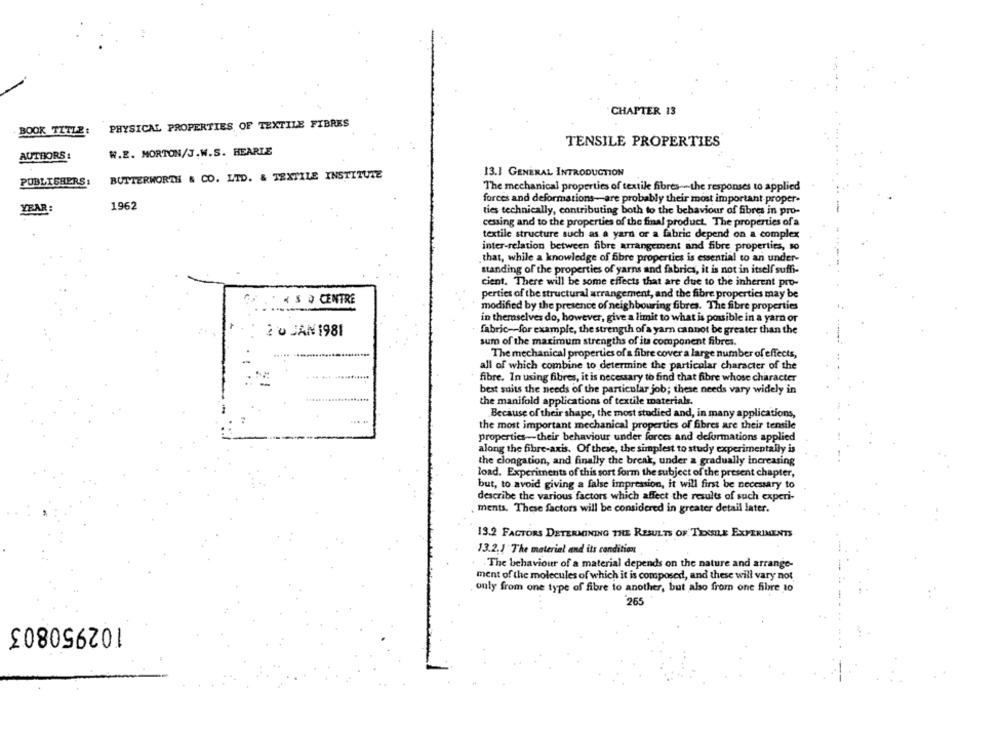
CHAPTER 13
PHYSICAL PROPERTIES OF TEXTILE FIBRES
BOOK TITLE:
TENSILE PROPERTIES
W.E. MORTON/J.W.S. HEARIE
AUTHORS :
BUTTERWORTH & CO. LTD. & TEXTILE INSTITUTE
13.1 GENERAL INTRODUCTION
PUBLISHERS:
The mechanical properties of textile fibres --- the responses to applied
forces and deformations-are probably their most important proper-
YEAR:
1962
ties technically, contributing both to the behaviour of fibres in pro-
cessing and to the properties of the final product. The properties of a
textile structure such as a yard or a fabric depend on a complex
inter-relation between fibre arrangement and fibre properties, so
that, while a knowledge of fibre properties is essential to an under-
standing of the properties of yarns and fabrics, it is not in itself suffi-
cient. There will be some effects that are due to the inherent pro-
K & O CENTRE
perties of the structural arrangement, and the fibre properties may be
modified by the presence of neighbouring fibres. The fibre properties
in themselves do, however, give a limit to what is possible in a yarn or
2 0 JAN 1981
fabric -- for example, the strength of a yarn cannot be greater than the
sum of the maximum strengths of its component fibres.
The mechanical properties of a fibre cover a large number of effects,
all of which combine to determine the particular character of the
fibre. In using fibres, it is necessary to find that fibre whose character
best suits the needs of the particular job; these needs vary widely in
the manifold applications of textile materials.
Because of their shape, the most studied and, in many applications,
the most important mechanical properties of fibres are their tensile
properties-their behaviour under forces and deformations applied
along the fibre-axis. Of theie, the simplest to study experimentally is
the clongation, and finally the break, under a gradually increasing
load. Experiments of this sort form the subject of the present chapter,
but, to avoid giving a false impression, it will first be necessary to
describe the various factors which affect the results of such experi-
ments. These factors will be considered in greater detail later.
13.2 FACTORS DETERMINING THE RESULTS OF TEXSE EXPERIMENTS
13.2.1 The material and its condition
. The behaviour of a material depends on the nature and arrange-
ment of the molecules of which it is composed, and these will vary not
only from one type of fibre to another, but also from one fibre to
265
102950803